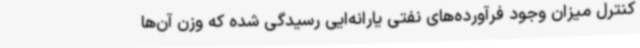
کنترل میزان وجود فرآورده‌های نفتی یارانه‌ایی رسیدگی شده که وزن آن‌ها